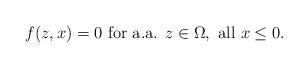
LaTeX: \begin{align*}f(z,x)=0 \mbox{ for a.a. }z\in\Omega, \mbox{ all }x\leq 0.\end{align*}